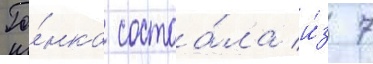
Го́нка состоа́ла и́з 7